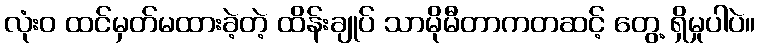
လုံးဝ ထင်မှတ်မထားခဲ့တဲ့ ထိန်းချုပ် သာမိုမီတာကတဆင့် တွေ့ ရှိမှုပါပဲ။